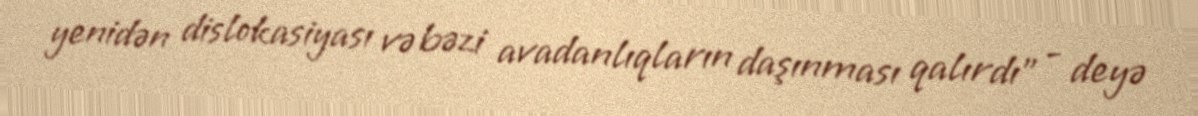
yenidən dislokasiyası və bəzi avadanlıqların daşınması qalırdı” - deyə